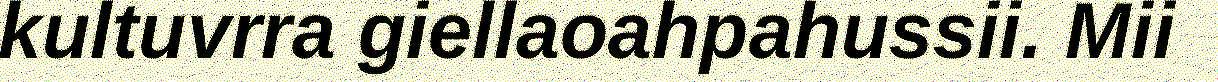
kultuvrra giellaoahpahussii. Mii